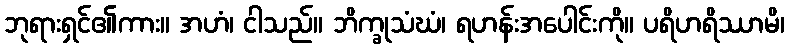
ဘုရားရှင်၏ကား။ အဟံ၊ ငါသည်။ ဘိက္ခုသံဃံ၊ ရဟန်းအပေါင်းကို။ ပရိဟရိဿာမိ၊